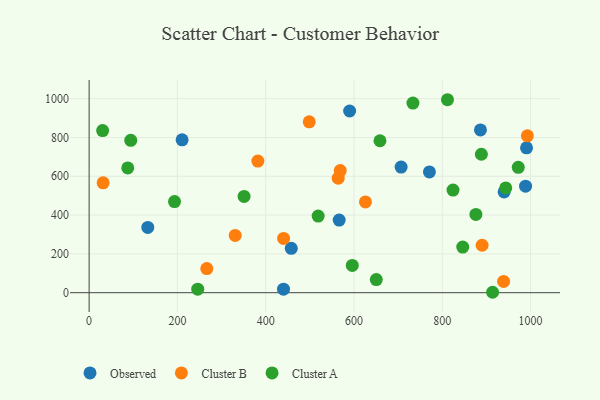
{"axis": {"x": "Distance", "y": "Salary"}, "legend": ["Cluster A", "Cluster B", "Observed"], "data": [{"x": "886.4", "y": 838.9, "type": "Observed"}, {"x": "440.3", "y": 18.0, "type": "Observed"}, {"x": "132.9", "y": 336.3, "type": "Observed"}, {"x": "770.8", "y": 622.6, "type": "Observed"}, {"x": "988.6", "y": 549.2, "type": "Observed"}, {"x": "590.1", "y": 936.5, "type": "Observed"}, {"x": "990.8", "y": 746.4, "type": "Observed"}, {"x": "940.0", "y": 519.5, "type": "Observed"}, {"x": "706.7", "y": 647.5, "type": "Observed"}, {"x": "457.9", "y": 228.9, "type": "Observed"}, {"x": "210.6", "y": 787.9, "type": "Observed"}, {"x": "566.4", "y": 374.1, "type": "Observed"}, {"x": "890.2", "y": 244.6, "type": "Cluster B"}, {"x": "31.7", "y": 566.4, "type": "Cluster B"}, {"x": "330.9", "y": 295.2, "type": "Cluster B"}, {"x": "568.8", "y": 629.3, "type": "Cluster B"}, {"x": "938.9", "y": 57.9, "type": "Cluster B"}, {"x": "266.6", "y": 124.1, "type": "Cluster B"}, {"x": "498.6", "y": 880.6, "type": "Cluster B"}, {"x": "564.2", "y": 590.4, "type": "Cluster B"}, {"x": "625.9", "y": 467.8, "type": "Cluster B"}, {"x": "440.5", "y": 279.8, "type": "Cluster B"}, {"x": "382.2", "y": 678.2, "type": "Cluster B"}, {"x": "992.7", "y": 808.7, "type": "Cluster B"}, {"x": "518.8", "y": 394.9, "type": "Cluster A"}, {"x": "658.8", "y": 783.1, "type": "Cluster A"}, {"x": "596.1", "y": 140.6, "type": "Cluster A"}, {"x": "811.7", "y": 994.5, "type": "Cluster A"}, {"x": "193.5", "y": 469.8, "type": "Cluster A"}, {"x": "846.3", "y": 235.3, "type": "Cluster A"}, {"x": "94.3", "y": 785.3, "type": "Cluster A"}, {"x": "943.7", "y": 539.8, "type": "Cluster A"}, {"x": "87.5", "y": 643.0, "type": "Cluster A"}, {"x": "650.5", "y": 67.9, "type": "Cluster A"}, {"x": "351.0", "y": 496.1, "type": "Cluster A"}, {"x": "972.1", "y": 646.3, "type": "Cluster A"}, {"x": "30.6", "y": 835.6, "type": "Cluster A"}, {"x": "913.9", "y": 2.2, "type": "Cluster A"}, {"x": "876.1", "y": 403.4, "type": "Cluster A"}, {"x": "824.3", "y": 529.1, "type": "Cluster A"}, {"x": "246.0", "y": 18.0, "type": "Cluster A"}, {"x": "888.5", "y": 713.6, "type": "Cluster A"}, {"x": "733.5", "y": 977.0, "type": "Cluster A"}]}